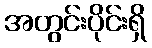
အတွင်းပိုင်းရှိ